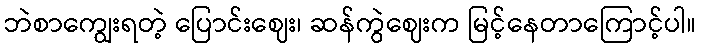
ဘဲစာကျွေးရတဲ့ ပြောင်းဈေး၊ ဆန်ကွဲဈေးက မြင့်နေတာကြောင့်ပါ။